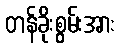
တန်ခိုးစွမ်းအား